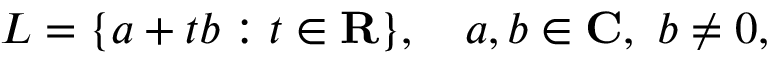
L = \{ a + t b : t \in \mathbf { R } \} , \quad a , b \in \mathbf { C } , \ b \neq 0 ,